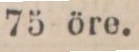
75 öre.